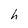
Character: h